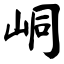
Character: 峒